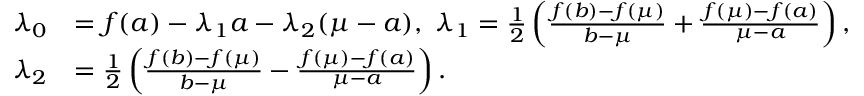
\begin{array} { r l } { \lambda _ { 0 } } & { = f ( a ) - \lambda _ { 1 } a - \lambda _ { 2 } ( \mu - a ) , \ \lambda _ { 1 } = \frac 1 2 \left( \frac { f ( b ) - f ( \mu ) } { b - \mu } + \frac { f ( \mu ) - f ( a ) } { \mu - a } \right) , } \\ { \lambda _ { 2 } } & { = \frac 1 2 \left( \frac { f ( b ) - f ( \mu ) } { b - \mu } - \frac { f ( \mu ) - f ( a ) } { \mu - a } \right) . } \end{array}